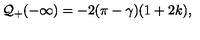
{ \cal Q } _ { + } ( - \infty ) = - 2 ( \pi - \gamma ) ( 1 + 2 k ) ,